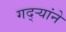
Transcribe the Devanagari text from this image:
गद्र्‍यांने